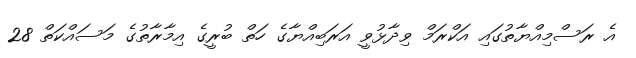
އެ ރަސްމިއްޔާތުގައި އަކްރަމް ވިދާޅުވީ އަރަބިއްޔާގެ ހަތް ބުރީގެ އިމާރާތުގެ މަސައްކަތް 28